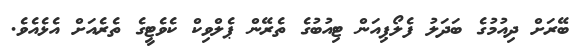
ބޭރަށް ދިއުމުގެ ބަދަލު ފެލޯޕިއަން ޓިއުބުގެ ތެރޭން ޕެލްވިކް ކެވެޓީގެ ތެރެއަށް އެޅެއެވެ.